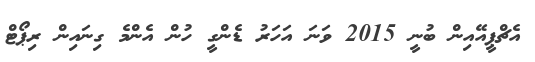
އެޗްޕީއޭއިން ބުނީ 2015 ވަނަ އަހަރު ޑެންގީ ހުން އެންމެ ގިނައިން ރިޕޯޓް